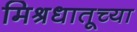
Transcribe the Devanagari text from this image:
मिश्रधातूच्या